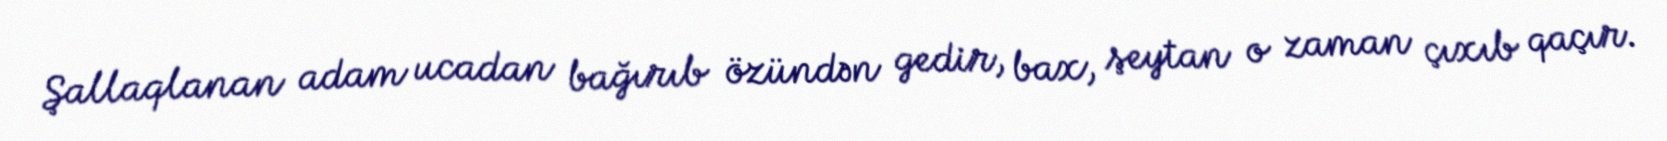
Şallaqlanan adam ucadan bağırıb özündən gedir, bax, şeytan o zaman çıxıb qaçır.